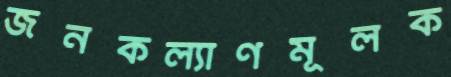
জনকল্যাণমূলক